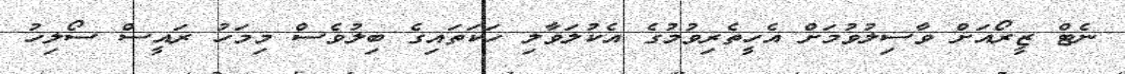
ނެޓް ޒީރޯއަށް ވާސިލުވުމަށް އެހީތެރިވުމުގެ އެކުލަވާލި ހަަކަތައިގެ ބިލުވެސް މިމަހު ރައީސް ސޯލިހު